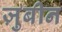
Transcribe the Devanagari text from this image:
ज़ुबीन